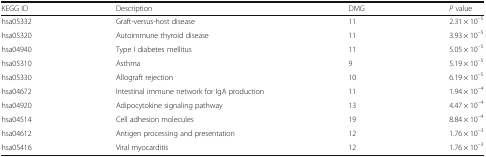
<table><thead><tr><td><b>KEGG ID</b></td><td><b>Description</b></td><td><b>DMG</b></td><td><b><i>P</i> value</b></td></tr></thead><tbody><tr><td>hsa05332</td><td>Graft-versus-host disease</td><td>11</td><td>2.31 × 10<sup>–5</sup></td></tr><tr><td>hsa05320</td><td>Autoimmune thyroid disease</td><td>11</td><td>3.93 × 10<sup>–5</sup></td></tr><tr><td>hsa04940</td><td>Type I diabetes mellitus</td><td>11</td><td>5.05 × 10<sup>–5</sup></td></tr><tr><td>hsa05310</td><td>Asthma</td><td>9</td><td>5.19 × 10<sup>–5</sup></td></tr><tr><td>hsa05330</td><td>Allograft rejection</td><td>10</td><td>6.19 × 10<sup>–5</sup></td></tr><tr><td>hsa04672</td><td>Intestinal immune network for IgA production</td><td>11</td><td>1.94 × 10<sup>–4</sup></td></tr><tr><td>hsa04920</td><td>Adipocytokine signaling pathway</td><td>13</td><td>4.47 × 10<sup>–4</sup></td></tr><tr><td>hsa04514</td><td>Cell adhesion molecules</td><td>19</td><td>8.84 × 10<sup>–4</sup></td></tr><tr><td>hsa04612</td><td>Antigen processing and presentation</td><td>12</td><td>1.76 × 10<sup>–3</sup></td></tr><tr><td>hsa05416</td><td>Viral myocarditis</td><td>12</td><td>1.76 × 10<sup>–3</sup></td></tr></tbody></table>